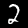
Label: 2